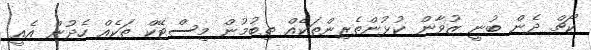
ކޯޗް ދެން ބުނީ ޒުވާން ކުޅުންތެރިންތަކެއް ތިބުމުން މިސްޓޭކް ތަކެއް ހެދުން އެއީ